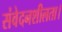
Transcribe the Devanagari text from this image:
संवेदनशीलता।